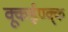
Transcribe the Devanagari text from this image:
क्कूईण्क्क्